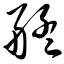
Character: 艋